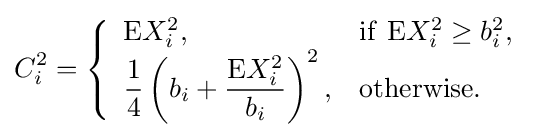
{\begin{aligned}C_{i}^{2}=\left\{{\begin{array}{ll}\mathrm {E} X_{i}^{2},&\mathrm {if} \ \mathrm {E} X_{i}^{2}\geq b_{i}^{2},\\\displaystyle {\frac {1}{4}}\left(b_{i}+{\frac {\mathrm {E} X_{i}^{2}}{b_{i}}}\right)^{2},&{\textrm {otherwise}}.\end{array}}\right.\end{aligned}}